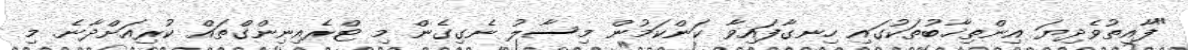
"ފާއިތުވެދިޔަ އިންތިޚާބުތަކުގައި ހިނގާފައިވާ ކަންކަމުން މިސާލު ނެގިގެން މި ޓްރެއިނިންގްތައް ކުރިއަށްދާނެ. މި